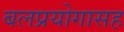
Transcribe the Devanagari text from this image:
बलप्रयोगासह